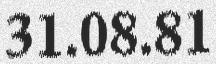
31.08.81